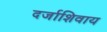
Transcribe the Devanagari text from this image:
दर्जाशिवाय